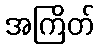
အကြိတ်